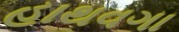
હાથવગા